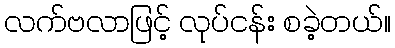
လက်ဗလာဖြင့် လုပ်ငန်း စခဲ့တယ်။